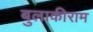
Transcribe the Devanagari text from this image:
बुलाकीराम